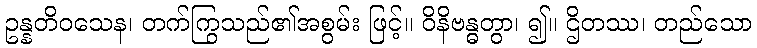
ဥန္နတိဝသေန၊ တက်ကြွသည်၏အစွမ်း ဖြင့်။ ဝိနိဗန္ဓတွာ၊ ၍။ ဌိတဿ၊ တည်သော